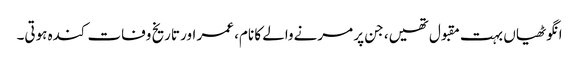
انگوٹھیاں بہت مقبول تھیں، جن پر مرنےوالے کا نام، عمر اور تاریخ وفات کندہ ہوتی۔